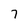
Character: 7